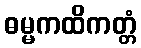
ဓမ္မကထိကတ္တံ